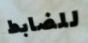
للضابط